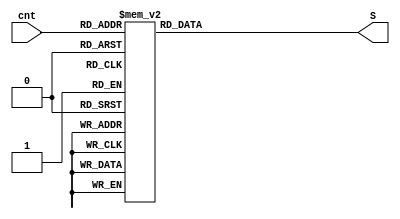
module S_ROM(cnt, S);
    input [5:0] cnt;
    output reg [4:0] S;

    always @(*)
        case(cnt)
            6'd0: S = 5'd7;
            6'd1: S = 5'd12;
            6'd2: S = 5'd17;
            6'd3: S = 5'd22;
            6'd4: S = 5'd7;
            6'd5: S = 5'd12;
            6'd6: S = 5'd17;
            6'd7: S = 5'd22;
            6'd8: S = 5'd7;
            6'd9: S = 5'd12;
            6'd10: S = 5'd17;
            6'd11: S = 5'd22;
            6'd12: S = 5'd7;
            6'd13: S = 5'd12;
            6'd14: S = 5'd17;
            6'd15: S = 5'd22;
            6'd16: S = 5'd5;
            6'd17: S = 5'd9;
            6'd18: S = 5'd14;
            6'd19: S = 5'd20;
            6'd20: S = 5'd5;
            6'd21: S = 5'd9;
            6'd22: S = 5'd14;
            6'd23: S = 5'd20;
            6'd24: S = 5'd5;
            6'd25: S = 5'd9;
            6'd26: S = 5'd14;
            6'd27: S = 5'd20;
            6'd28: S = 5'd5;
            6'd29: S = 5'd9;
            6'd30: S = 5'd14;
            6'd31: S = 5'd20;
            6'd32: S = 5'd4;
            6'd33: S = 5'd11;
            6'd34: S = 5'd16;
            6'd35: S = 5'd23;
            6'd36: S = 5'd4;
            6'd37: S = 5'd11;
            6'd38: S = 5'd16;
            6'd39: S = 5'd23;
            6'd40: S = 5'd4;
            6'd41: S = 5'd11;
            6'd42: S = 5'd16;
            6'd43: S = 5'd23;
            6'd44: S = 5'd4;
            6'd45: S = 5'd11;
            6'd46: S = 5'd16;
            6'd47: S = 5'd23;
            6'd48: S = 5'd6;
            6'd49: S = 5'd10;
            6'd50: S = 5'd15;
            6'd51: S = 5'd21;
            6'd52: S = 5'd6;
            6'd53: S = 5'd10;
            6'd54: S = 5'd15;
            6'd55: S = 5'd21;
            6'd56: S = 5'd6;
            6'd57: S = 5'd10;
            6'd58: S = 5'd15;
            6'd59: S = 5'd21;
            6'd60: S = 5'd6;
            6'd61: S = 5'd10;
            6'd62: S = 5'd15;
            6'd63: S = 5'd21;
        endcase
endmodule